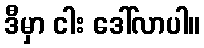
ဒီမှာ ငါး ဒေါ်လာပါ။